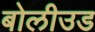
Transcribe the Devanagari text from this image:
बोलीउड